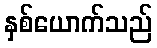
နှစ်ယောက်သည်